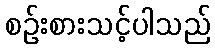
စဉ်းစားသင့်ပါသည်